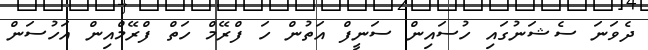
ދެވަނަ ސެޝަނުގައި ހުސައިން ސަނީފް އަތުން ހަ ފްރޭމް ހަތް ފްރޭމްއިން އަހުސަން